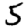
Digit: 5